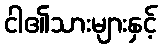
ငါ၏သားများနှင့်